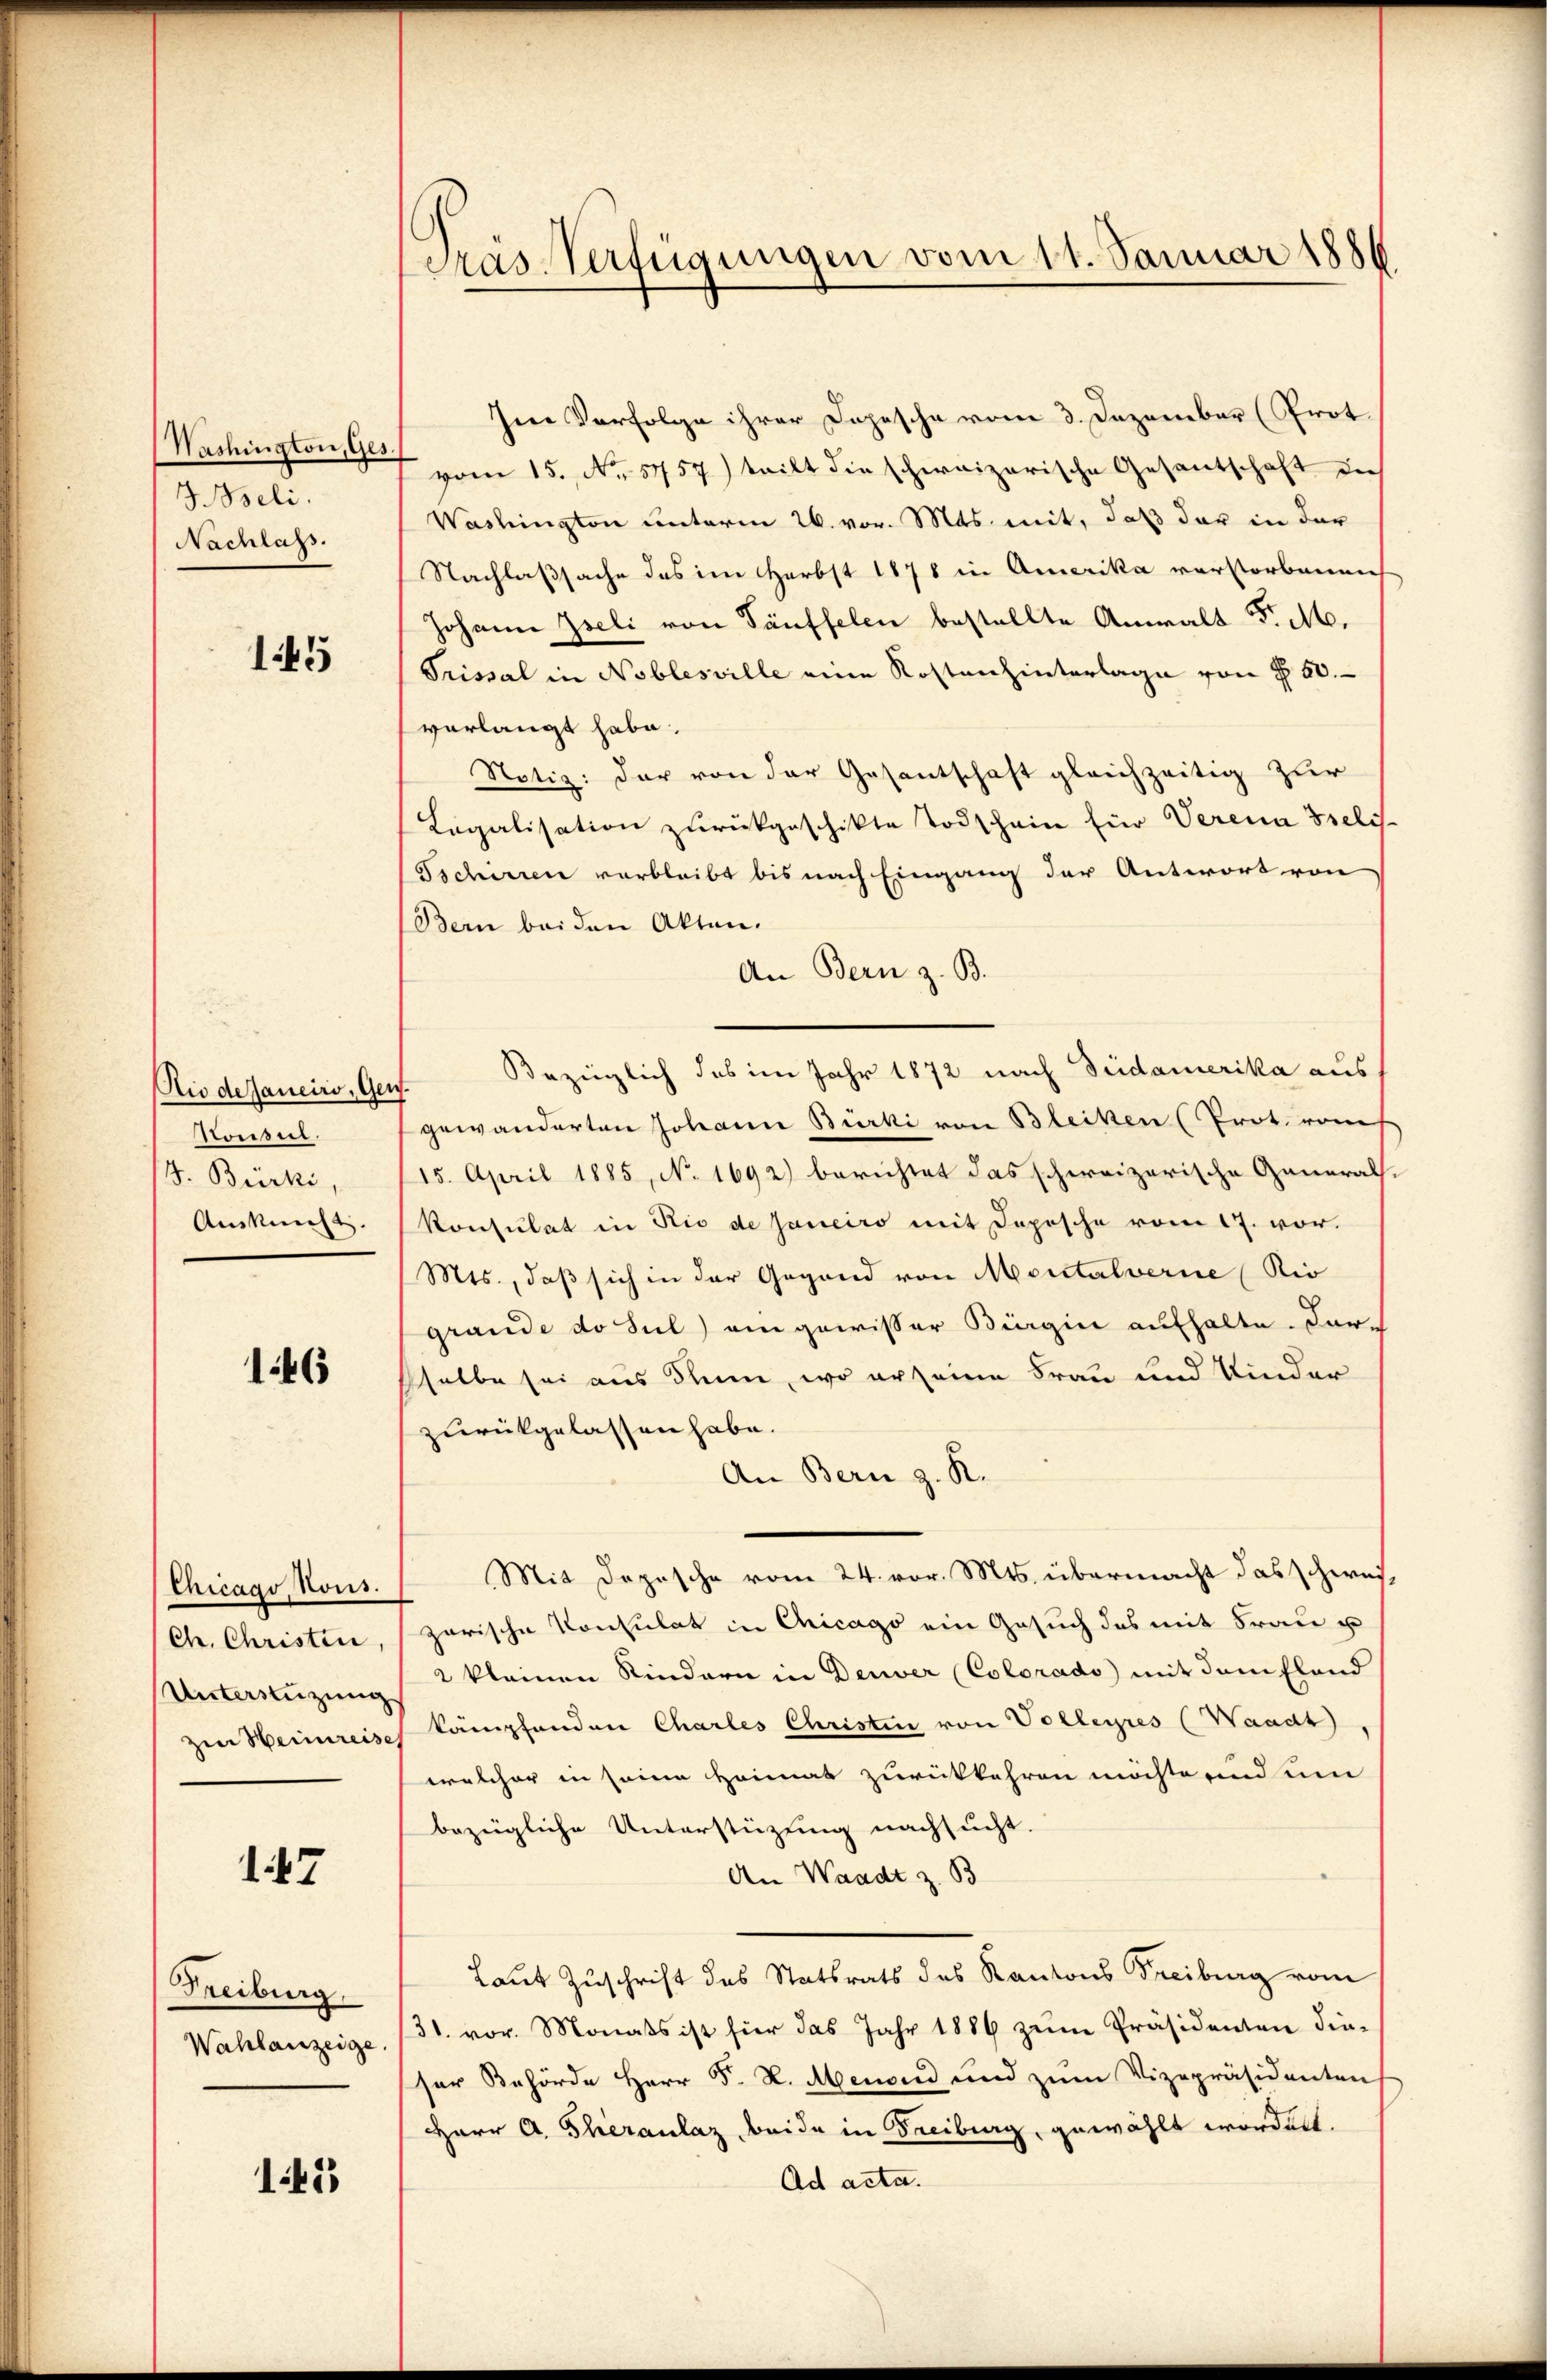
Washington, Ges.
Iseli
Nachlass.

145

Rio delancirs, Gen
Konsul
. Burki,
Auskunft.

146

Chicago, Kons.
Ch. Christin
Unterstüzung
zur Heinreise

147

Freiburg.
Wahlanzeige.

145

Pras-Verfügungen vom 11. Januar 1886.

Im Verfolge ihrer Dopesche vom 3. Dezember (Prot.
vom 15. No. 5757) teilt die schweizerische Gesantschaft in
Washington unterm 26. vor. Mts. mit, daß der in der
Nachlaßsache das im Herbst 1878 in Amerika verstorbenen
Johann Iseli von Täuffelen bestellte Anwalt d. M.
Prissal in Noblesville eine Kostenhinterlage von § 50.
verlangt habe.
Notiz: der von der Gesantschaft gleichzeitig zur
Legalisation zurückgeschikte Todschein für Verena Belis
Tschirren verbleibt bis nach Eingang der Antwort von
Bern bei den Akten.
An Bern z. B.
Bezüglich des im Jahr 1872 nach Fridamerika aus,
gewanderten Johann Bürki von Bleiken (Prot. vom
15. April 1885, No 1692) berichtet das schweizerische General-
konsulat in Rio de Janeiro mit Depesche vom 17. vor.
Mts., daß sich in der Gegend von Montalverne (Rio
grande do sul) ein gewisser Bürgi aufhalte. Fürsselbe sei aus Thun, wo erseine Frau und Kinder
zurückgelassen habe.
An Bern z. R.
Mit Depesche vom 24. vor. Mts. übermacht das schweizarische Konsulat in Chicago ein Gesuch des mit Frau u
2 kleinen Kindern in Deuver (Colorado mit dem Fland
kämpfenden Charles Christin von Volleyres (Waadt
welcher in seine Heimat zurückkehren möchte und um
bezügliche Unterstüzung nachsucht.
An Waadt z. B
Laut Zuschrift des Statsrats des Kantons Freiburg vom
31. vor. Monats ist hier das Jahr 1886 zum Präsidenten die-
ser Behörde Herr P. R. Abenden und zum Vizepräsidenten
Herr A. Theranlaz beide in Freiburg, gewählt worden.
Ad acta.